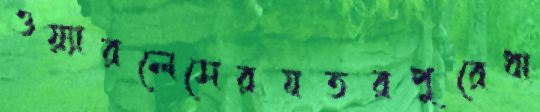
ওয়্যারলেসেরযতরপুরেধা